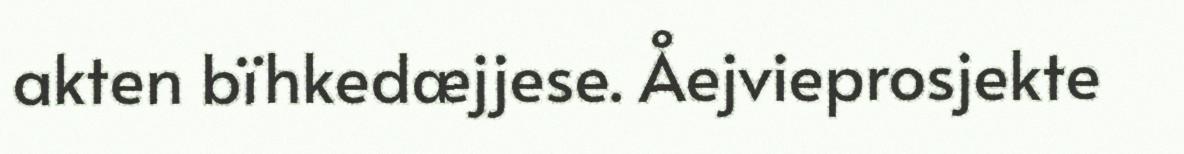
akten bïhkedæjjese. Åejvieprosjekte